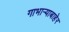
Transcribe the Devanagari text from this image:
गाभाऱ्याबाहेर